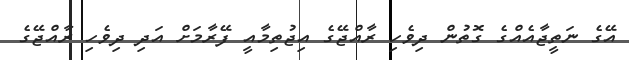
އޭގެ ނަތީޖާއެއްގެ ގޮތުން ދިވެހި ރާއްޖޭގެ އިޖުތިމާއީ ފޭރާމަށް އަދި ދިވެހި ރާއްޖޭގެ